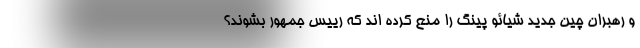
و رهبران چین جدید شیائو پینگ را منع کرده اند که رییس جمهور بشوند؟